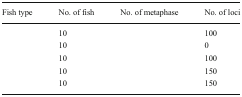
<table><thead><tr><td><b>Fish type</b></td><td><b>No. of fish</b></td><td><b>No. of metaphase</b></td><td><b>No. of loci</b></td></tr></thead><tbody><tr><td>[EMPTY_CELL]</td><td>10</td><td>[EMPTY_CELL]</td><td>100</td></tr><tr><td>[EMPTY_CELL]</td><td>10</td><td>[EMPTY_CELL]</td><td>0</td></tr><tr><td>[EMPTY_CELL]</td><td>10</td><td>[EMPTY_CELL]</td><td>100</td></tr><tr><td>[EMPTY_CELL]</td><td>10</td><td>[EMPTY_CELL]</td><td>150</td></tr><tr><td>[EMPTY_CELL]</td><td>10</td><td>[EMPTY_CELL]</td><td>150</td></tr></tbody></table>